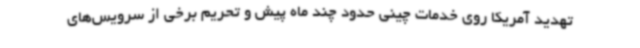
تهدید آمریکا روی خدمات چینی حدود چند ماه پیش و تحریم برخی از سرویس‌های